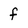
Character: f